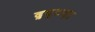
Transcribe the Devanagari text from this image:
द्रष्टय़ा